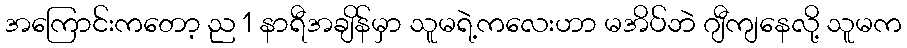
အကြောင်းကတော့ ည 1 နာရီအချိန်မှာ သူမရဲ့ကလေးဟာ မအိပ်ဘဲ ဂျီကျနေလို့ သူမက